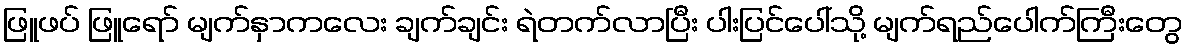
ဖြူဖပ် ဖြူရော် မျက်နှာကလေး ချက်ချင်း ရဲတက်လာပြီး ပါးပြင်ပေါ်သို့ မျက်ရည်ပေါက်ကြီးတွေ